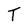
Character: T